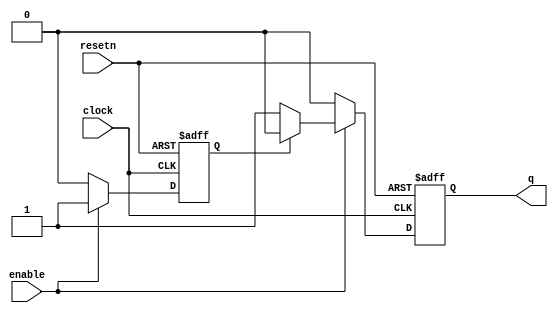
module enableonce(
	input enable,
	input clock,
	input resetn,
	output reg q
	);
	
	reg enabled;
	
	always @(posedge clock, posedge resetn)
	begin
		if (resetn) begin
			enabled <= 0;
			q <= 0;
		end
		else begin
			if (q == 1)
				q <= 0;
		
			if (enable) begin
				if (~enabled) begin
					q <= 1;
					enabled <= 1;
				end
			end else begin // not enable
				if (enabled)
					enabled <= 0;
			end
		end
	end
endmodule